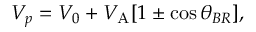
V _ { p } = V _ { 0 } + V _ { \mathrm { A } } [ 1 \pm \cos { \theta _ { B R } } ] ,